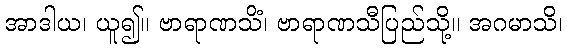
အာဒါယ၊ ယူ၍။ ဗာရာဏသိံ၊ ဗာရာဏသီပြည်သို့။ အဂမာသိ၊